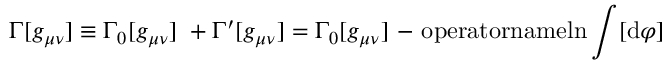
\Gamma [ g _ { \mu \nu } ] \equiv \Gamma _ { 0 } [ g _ { \mu \nu } ] ~ + \Gamma ^ { \prime } [ g _ { \mu \nu } ] = \Gamma _ { 0 } [ g _ { \mu \nu } ] ~ \mathrm { - \ o p e r a t o r n a m e { l n } } \int [ \mathrm { d } \varphi ] ~